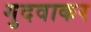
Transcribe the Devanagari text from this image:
गुदवाकर